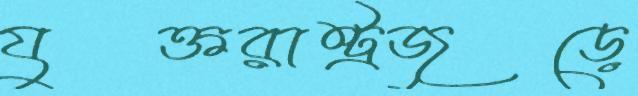
যুক্তরাষ্ট্রজুড়ে